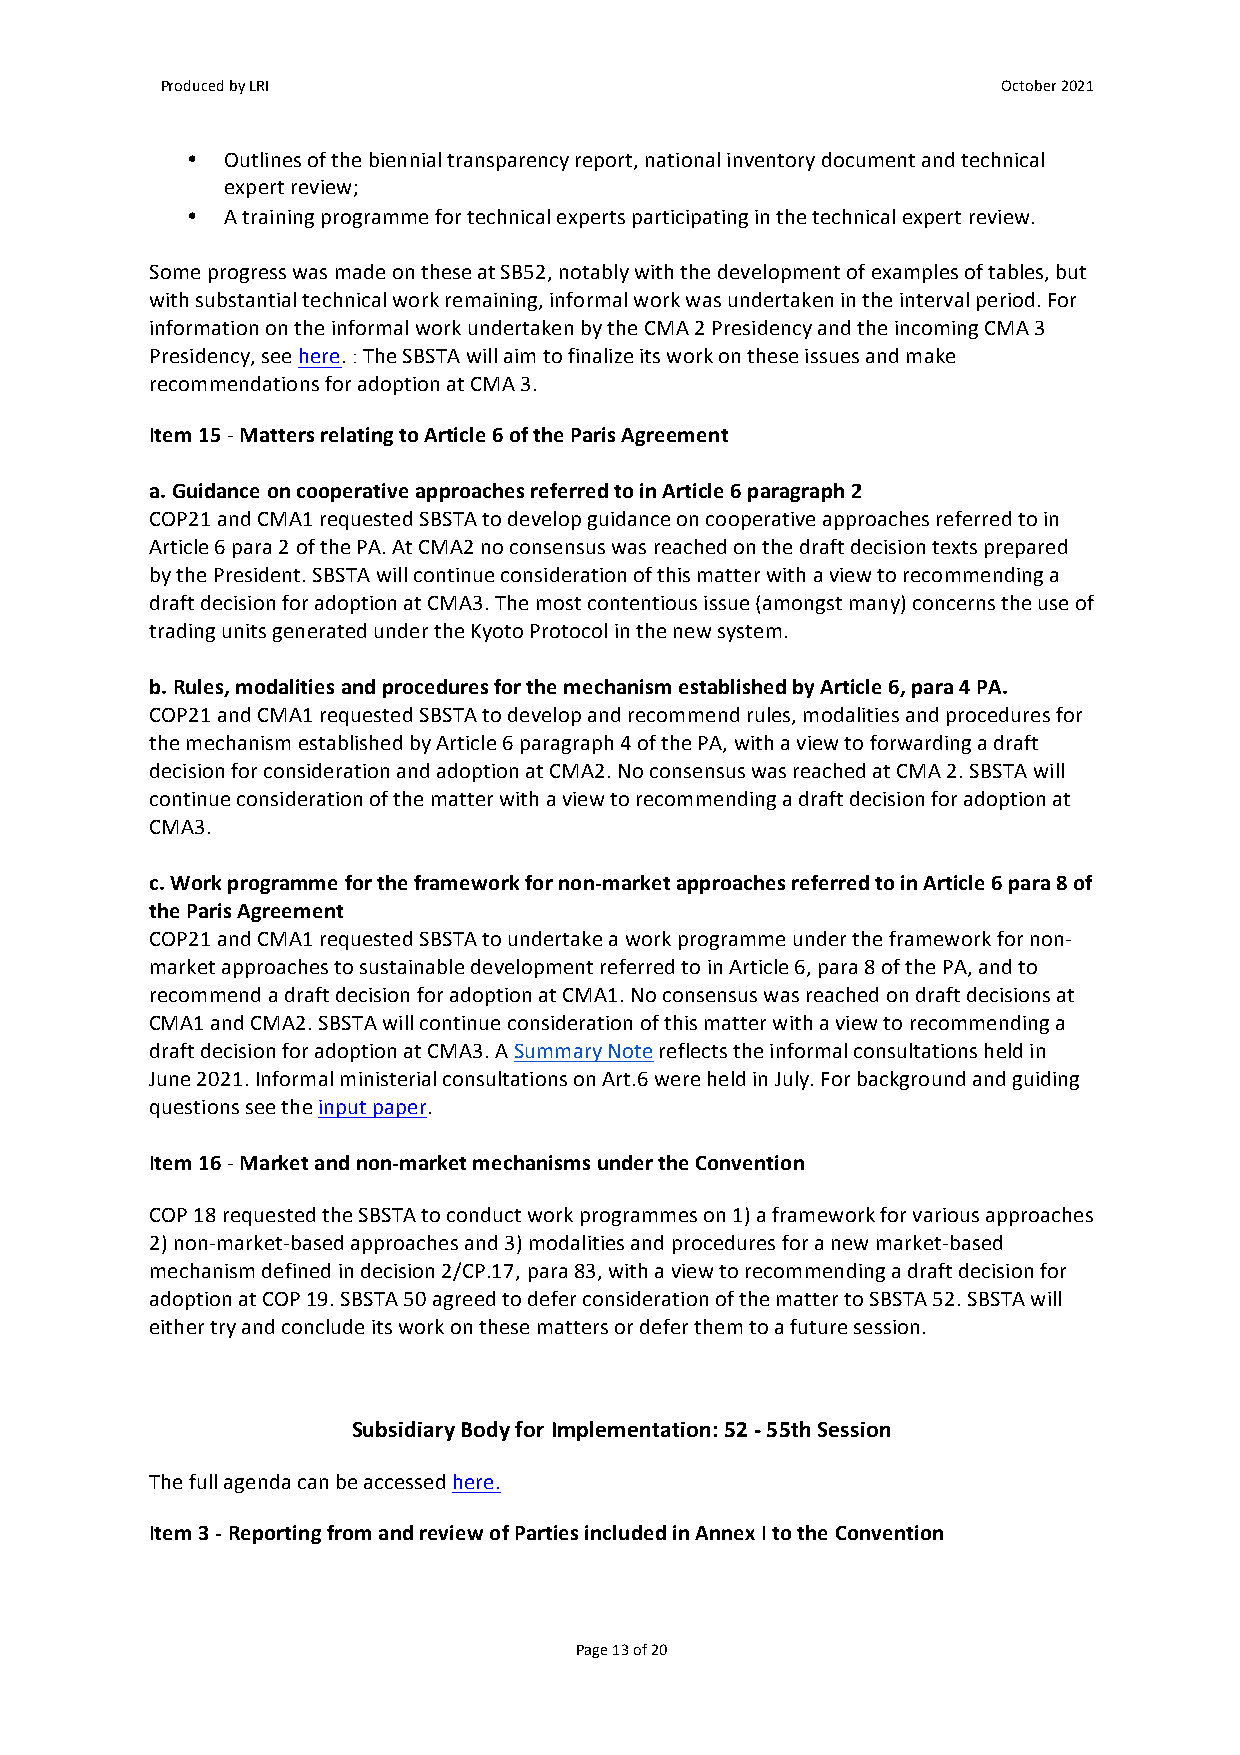
Produced by LRI                                        October 2021
 •  Outlines of the biennial transparency report, national inventory document and technical
 expert review;
 •  A training programme for technical experts participating in the technical expert review.
 Some progress was made on these at SB52, notably with the development of examples of tables, but
 with substantial technical work remaining, informal work was undertaken in the interval period. For
 information on the informal work undertaken by the CMA 2 Presidency and the incoming CMA 3
 Presidency, see here. : The SBSTA will aim to finalize its work on these issues and make
 recommendations for adoption at CMA 3.
 Item 15 - Matters relating to Article 6 of the Paris Agreement
 a. Guidance on cooperative approaches referred to in Article 6 paragraph 2
 COP21 and CMA1 requested SBSTA to develop guidance on cooperative approaches referred to in
 Article 6 para 2 of the PA. At CMA2 no consensus was reached on the draft decision texts prepared
 by the President. SBSTA will continue consideration of this matter with a view to recommending a
 draft decision for adoption at CMA3. The most contentious issue (amongst many) concerns the use of
 trading units generated under the Kyoto Protocol in the new system.
 b. Rules, modalities and procedures for the mechanism established by Article 6, para 4 PA.
 COP21 and CMA1 requested SBSTA to develop and recommend rules, modalities and procedures for
 the mechanism established by Article 6 paragraph 4 of the PA, with a view to forwarding a draft
 decision for consideration and adoption at CMA2. No consensus was reached at CMA 2. SBSTA will
 continue consideration of the matter with a view to recommending a draft decision for adoption at
 CMA3.
 c. Work programme for the framework for non-market approaches referred to in Article 6 para 8 of
 the Paris Agreement
 COP21 and CMA1 requested SBSTA to undertake a work programme under the framework for non-
 market approaches to sustainable development referred to in Article 6, para 8 of the PA, and to
 recommend a draft decision for adoption at CMA1. No consensus was reached on draft decisions at
 CMA1 and CMA2. SBSTA will continue consideration of this matter with a view to recommending a
 draft decision for adoption at CMA3. A Summary Note reflects the informal consultations held in
 June 2021. Informal ministerial consultations on Art.6 were held in July. For background and guiding
 questions see the input paper.
 Item 16 - Market and non-market mechanisms under the Convention
 COP 18 requested the SBSTA to conduct work programmes on 1) a framework for various approaches
 2) non-market-based approaches and 3) modalities and procedures for a new market-based
 mechanism defined in decision 2/CP.17, para 83, with a view to recommending a draft decision for
 adoption at COP 19. SBSTA 50 agreed to defer consideration of the matter to SBSTA 52. SBSTA will
 either try and conclude its work on these matters or defer them to a future session.
 Subsidiary Body for Implementation: 52 - 55th Session
 The full agenda can be accessed here.
 Item 3 - Reporting from and review of Parties included in Annex I to the Convention
 Page 13 of 20